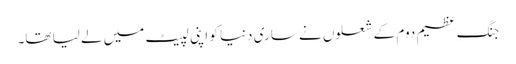
جنگِ عظیم دوم کے شعلوں نے ساری دنیا کو اپنی لپیٹ میں لے لیا تھا۔